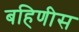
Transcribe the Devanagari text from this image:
बहिणीस